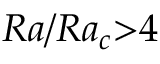
R a / R a _ { c } { > } 4